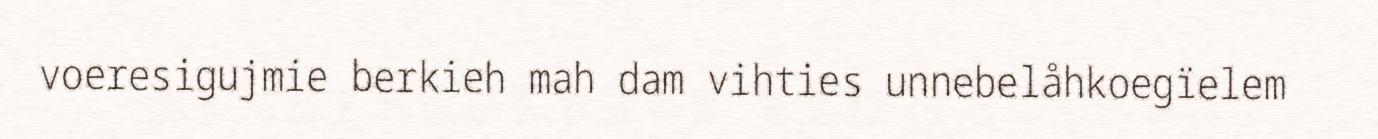
voeresigujmie berkieh mah dam vihties unnebelåhkoegïelem